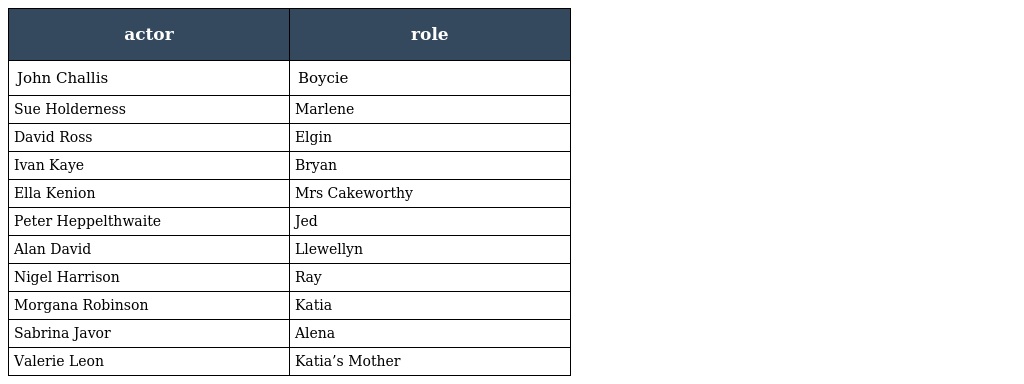
| actor | role |
 | --- | --- |
 | John Challis | Boycie |
 | Sue Holderness | Marlene |
 | David Ross | Elgin |
 | Ivan Kaye | Bryan |
 | Ella Kenion | Mrs Cakeworthy |
 | Peter Heppelthwaite | Jed |
 | Alan David | Llewellyn |
 | Nigel Harrison | Ray |
 | Morgana Robinson | Katia |
 | Sabrina Javor | Alena |
 | Valerie Leon | Katia’s Mother |